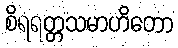
စိရရတ္တသမာဟိတော